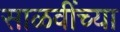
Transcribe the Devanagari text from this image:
साळवींच्या